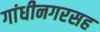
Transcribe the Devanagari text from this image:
गांधीनगरसह